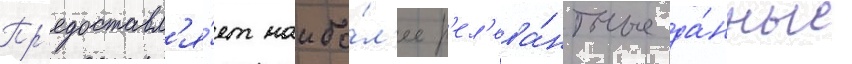
Пр'едоставл'я́ет наибо́л'ее р'ел'ева́нтные да́нные